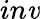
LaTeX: in\mathit{v}